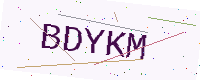
Text: BDYKM